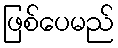
ဖြစ်ပေမည်